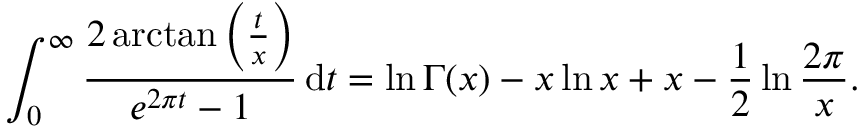
\int _ { 0 } ^ { \infty } { \frac { 2 \arctan \left( { \frac { t } { x } } \right) } { e ^ { 2 \pi t } - 1 } } \, \mathrm { { d } } t = \ln \Gamma ( x ) - x \ln x + x - { \frac { 1 } { 2 } } \ln { \frac { 2 \pi } { x } } .